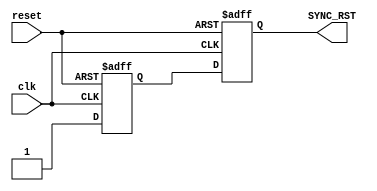
module RST_SYNC (
    input reset,
    input clk,

    output reg SYNC_RST
);

reg ff1;

always @(posedge clk or negedge reset) 
begin
    if(!reset)
    begin
        ff1 <= 0;
        SYNC_RST <= 0;
    end

    else
    begin
        ff1 <= 1;
        SYNC_RST <= ff1;
    end
end
    
endmodule